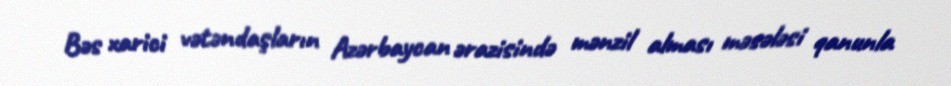
Bəs xarici vətəndaşların Azərbaycan ərazisində mənzil alması məsələsi qanunla